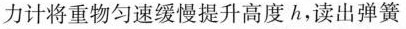
力计将重物匀速缓慢提升高度h，读出弹簧